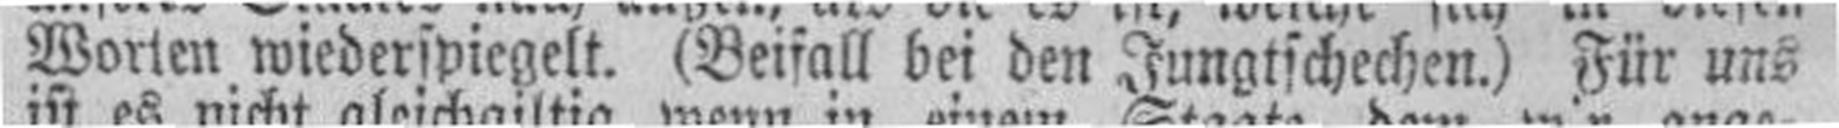
Worten wiederspiegelt. (Beifall bei den Jungtschechen.) Für uns